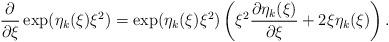
LaTeX: \begin{align*}\frac{\partial}{\partial \xi} \exp(\eta_k(\xi) \xi^2) = \exp(\eta_k(\xi) \xi^2)\left(\xi^2\frac{\partial \eta_k(\xi)}{\partial \xi} + 2\xi\eta_k(\xi)\right).\end{align*}